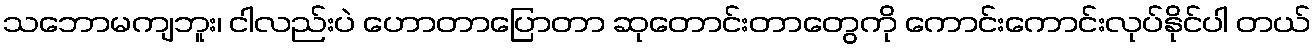
သဘောမကျဘူး၊ ငါလည်းပဲ ဟောတာပြောတာ ဆုတောင်းတာတွေကို ကောင်းကောင်းလုပ်နိုင်ပါ တယ်